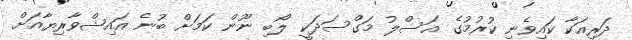
ދަރިއަކާ ކައިވެނި ކުރުމުގެ އަސްލު މަގްސަދަކީ ލޯބި ނޫން ކަމަށް ބުނެ އައިޝްވާރިޔާއަށް